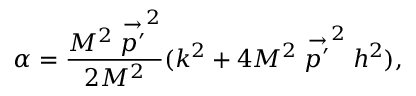
\alpha = \frac { M ^ { 2 } \stackrel { \rightarrow } { p ^ { \prime } } ^ { 2 } } { 2 M ^ { 2 } } ( k ^ { 2 } + 4 M ^ { 2 } \stackrel { \rightarrow } { p ^ { \prime } } ^ { 2 } h ^ { 2 } ) ,